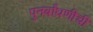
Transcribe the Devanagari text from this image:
पुनर्बांधणीची